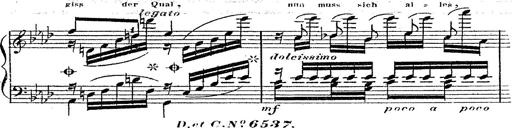
Title: 12 Lieder von Franz Schubert
Composer: Franz Liszt